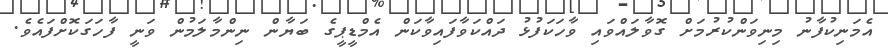
އެމަނިކުފާނު މިނިވަންކުރުމަށް ގޮވާލައްވައި ވާހަކަފުޅު ދައްކަވާފައިވާކަން އެމްޑީޕީގެ ބަޔާން ނިންމާލަމުން ވަނީ ފާހަގަކޮށްފައެވެ.